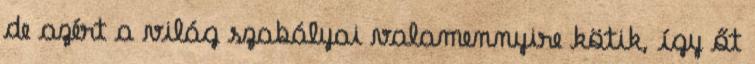
de azért a világ szabályai valamennyire kötik, így őt